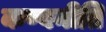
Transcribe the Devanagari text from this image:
कण्वनीति